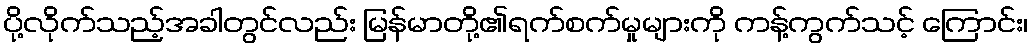
ပို့လိုက်သည့်အခါတွင်လည်း မြန်မာတို့၏ရက်စက်မှုများကို ကန့်ကွက်သင့် ကြောင်း၊